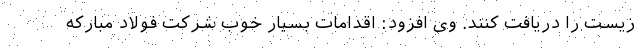
زیست را دریافت کنند. وی افزود: اقدامات بسیار خوب شرکت فولاد مبارکه